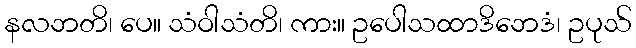
နလဘတိ၊ ပေ။ သံဝါသံတိ၊ ကား။ ဥပေါသထာဒိဘေဒံ၊ ဥပုသ်